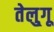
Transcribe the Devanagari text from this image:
तेलु्गू